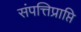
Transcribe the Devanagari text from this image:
संपत्तिप्राप्ति